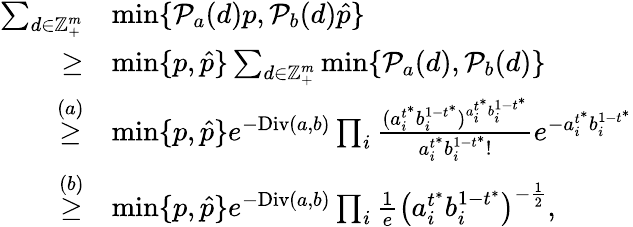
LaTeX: \begin{array}{rl}{\sum_{d\in\mathbb{Z}_{+}^{m}}}&{\operatorname*{min}\{ \mathcal{P}_{a}(d)p,\mathcal{P}_{b}(d)\hat{p}\} }\\ {\geq}&{\operatorname*{min}\{ p,\hat{p}\} \sum_{d\in\mathbb{Z}_{+}^{m}}\operatorname*{min}\{ \mathcal{P}_{a}(d),\mathcal{P}_{b}(d)\} }\\ {\overset{(a)}{\geq}}&{\operatorname*{min}\{ p,\hat{p}\} e^{-\textup{Div}(a,b)}\prod_{i}\frac{(a_{i}^{t^{*}}b_{i}^{1-t^{*}})^{a_{i}^{t^{*}}b_{i}^{1-t^{*}}}}{a_{i}^{t^{*}}b_{i}^{1-t^{*}}!}e^{-a_{i}^{t^{*}}b_{i}^{1-t^{*}}}}\\ {\overset{(b)}{\geq}}&{\operatorname*{min}\{ p,\hat{p}\} e^{-\textup{Div}(a,b)}\prod_{i}\frac{1}{e}\big(a_{i}^{t^{*}}b_{i}^{1-t^{*}}\big)^{-\frac{1}{2}},}\end{array}